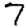
Digit: 7